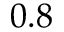
0 . 8